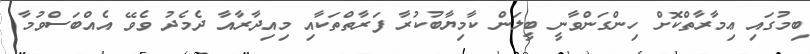
ބިމުގައި ޢިމާރާތްކޮށް ހިންގަންވާނީ ބީލަން ކާމިޔާބުކުރާ ފަރާތްތަކާއި މިއިދާރާއާ ދެމެދު ވެވޭ އެއްބަސްވުމާ